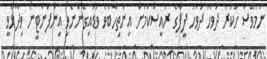
ނަމަވެސް ހުކުރު ދުވަހު ދުވަހު ފީފާގެ ރައީސްކަމަށް އިންތިހާބުވެ ވަޑައިގެންނެވި އިންފަންޓީނޯ ވިދާޅުވީ